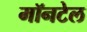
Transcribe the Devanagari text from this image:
मॉनटेल